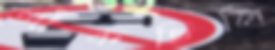
জাঁকছিলি